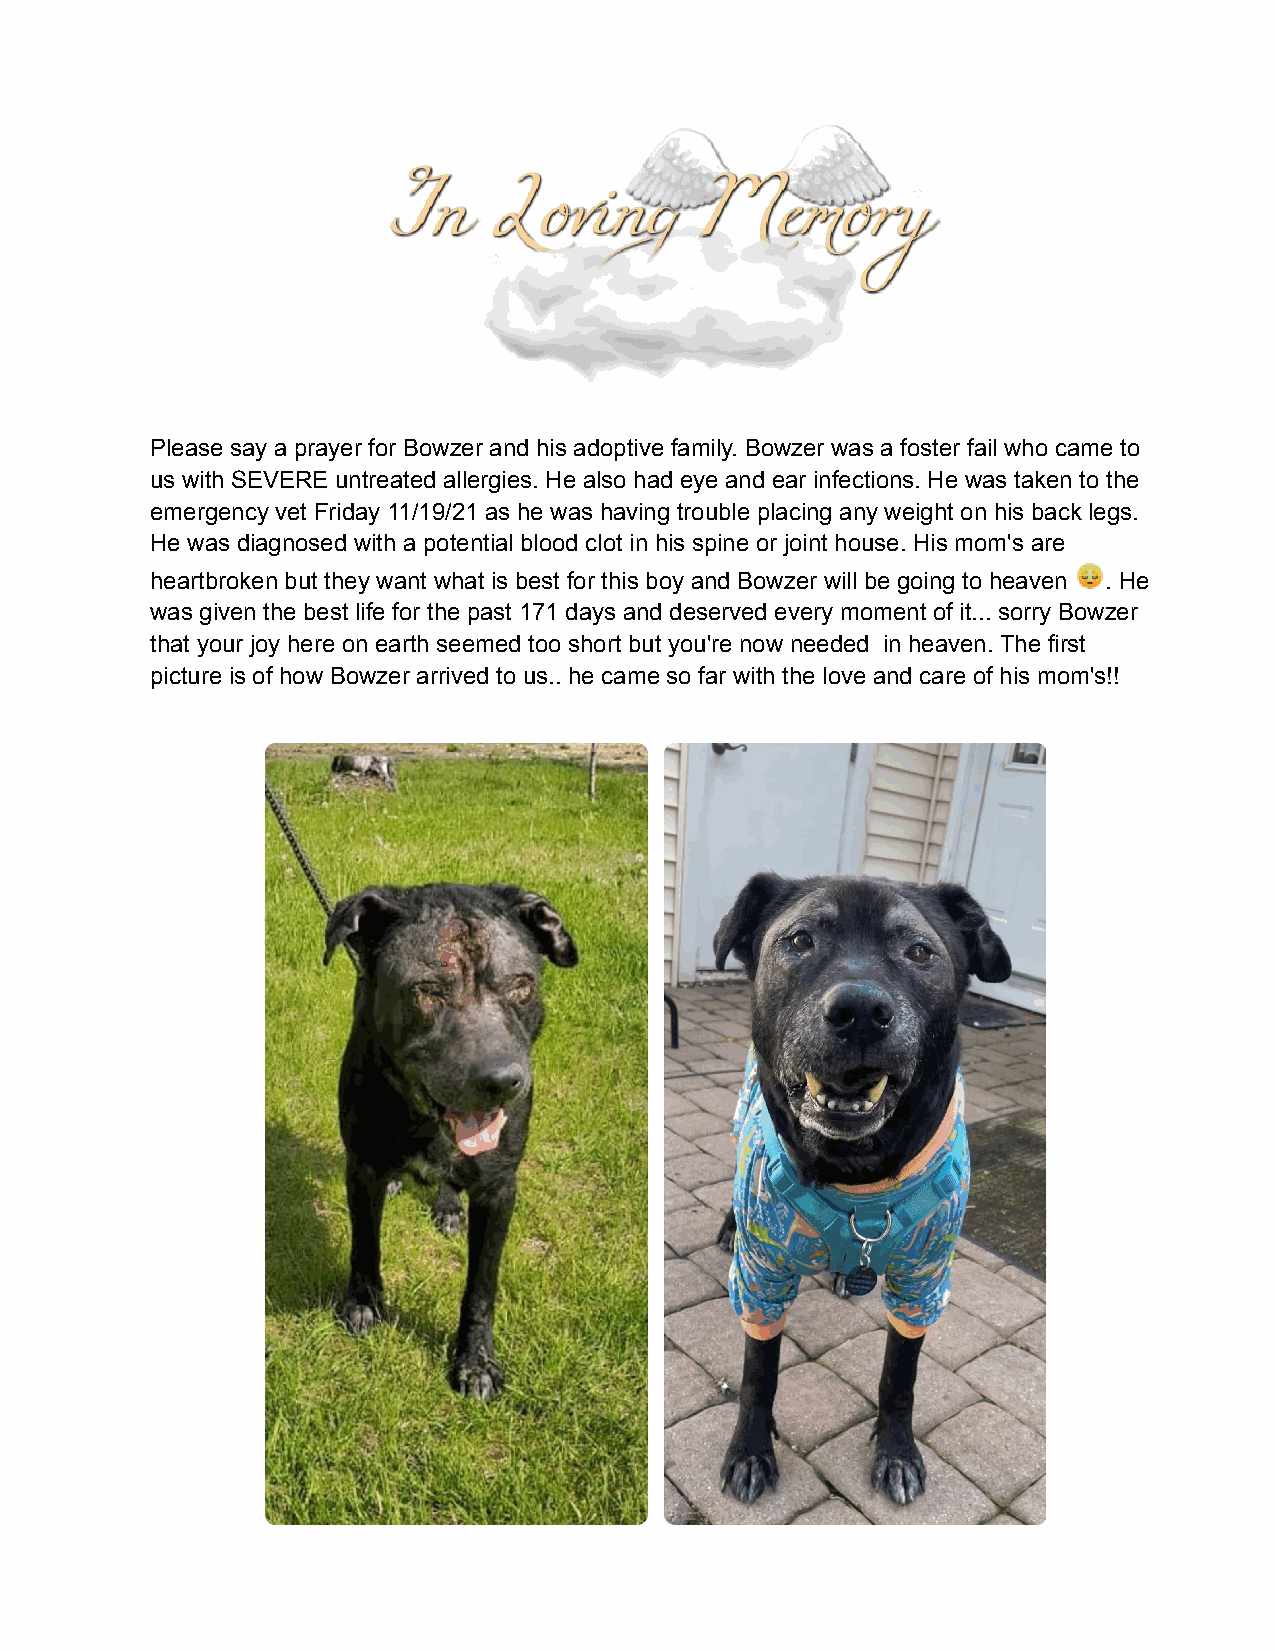
Please say a prayer for Bowzer and his adoptive family. Bowzer was a foster fail who came to
 us with SEVERE untreated allergies. He also had eye and ear infections. He was taken to the
 emergency vet Friday 11/19/21 as he was having trouble placing any weight on his back legs.
 He was diagnosed with a potential blood clot in his spine or joint house. His mom's are
 heartbroken but they want what is best for this boy and Bowzer will be going to heaven . He
 was given the best life for the past 171 days and deserved every moment of it... sorry Bowzer
 that your joy here on earth seemed too short but you're now needed in heaven. The first
 picture is of how Bowzer arrived to us.. he came so far with the love and care of his mom's!!